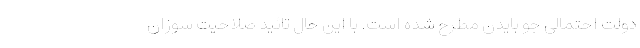
دولت احتمالی جو بایدن مطرح شده است. با این حال تائید صلاحیت سوزان